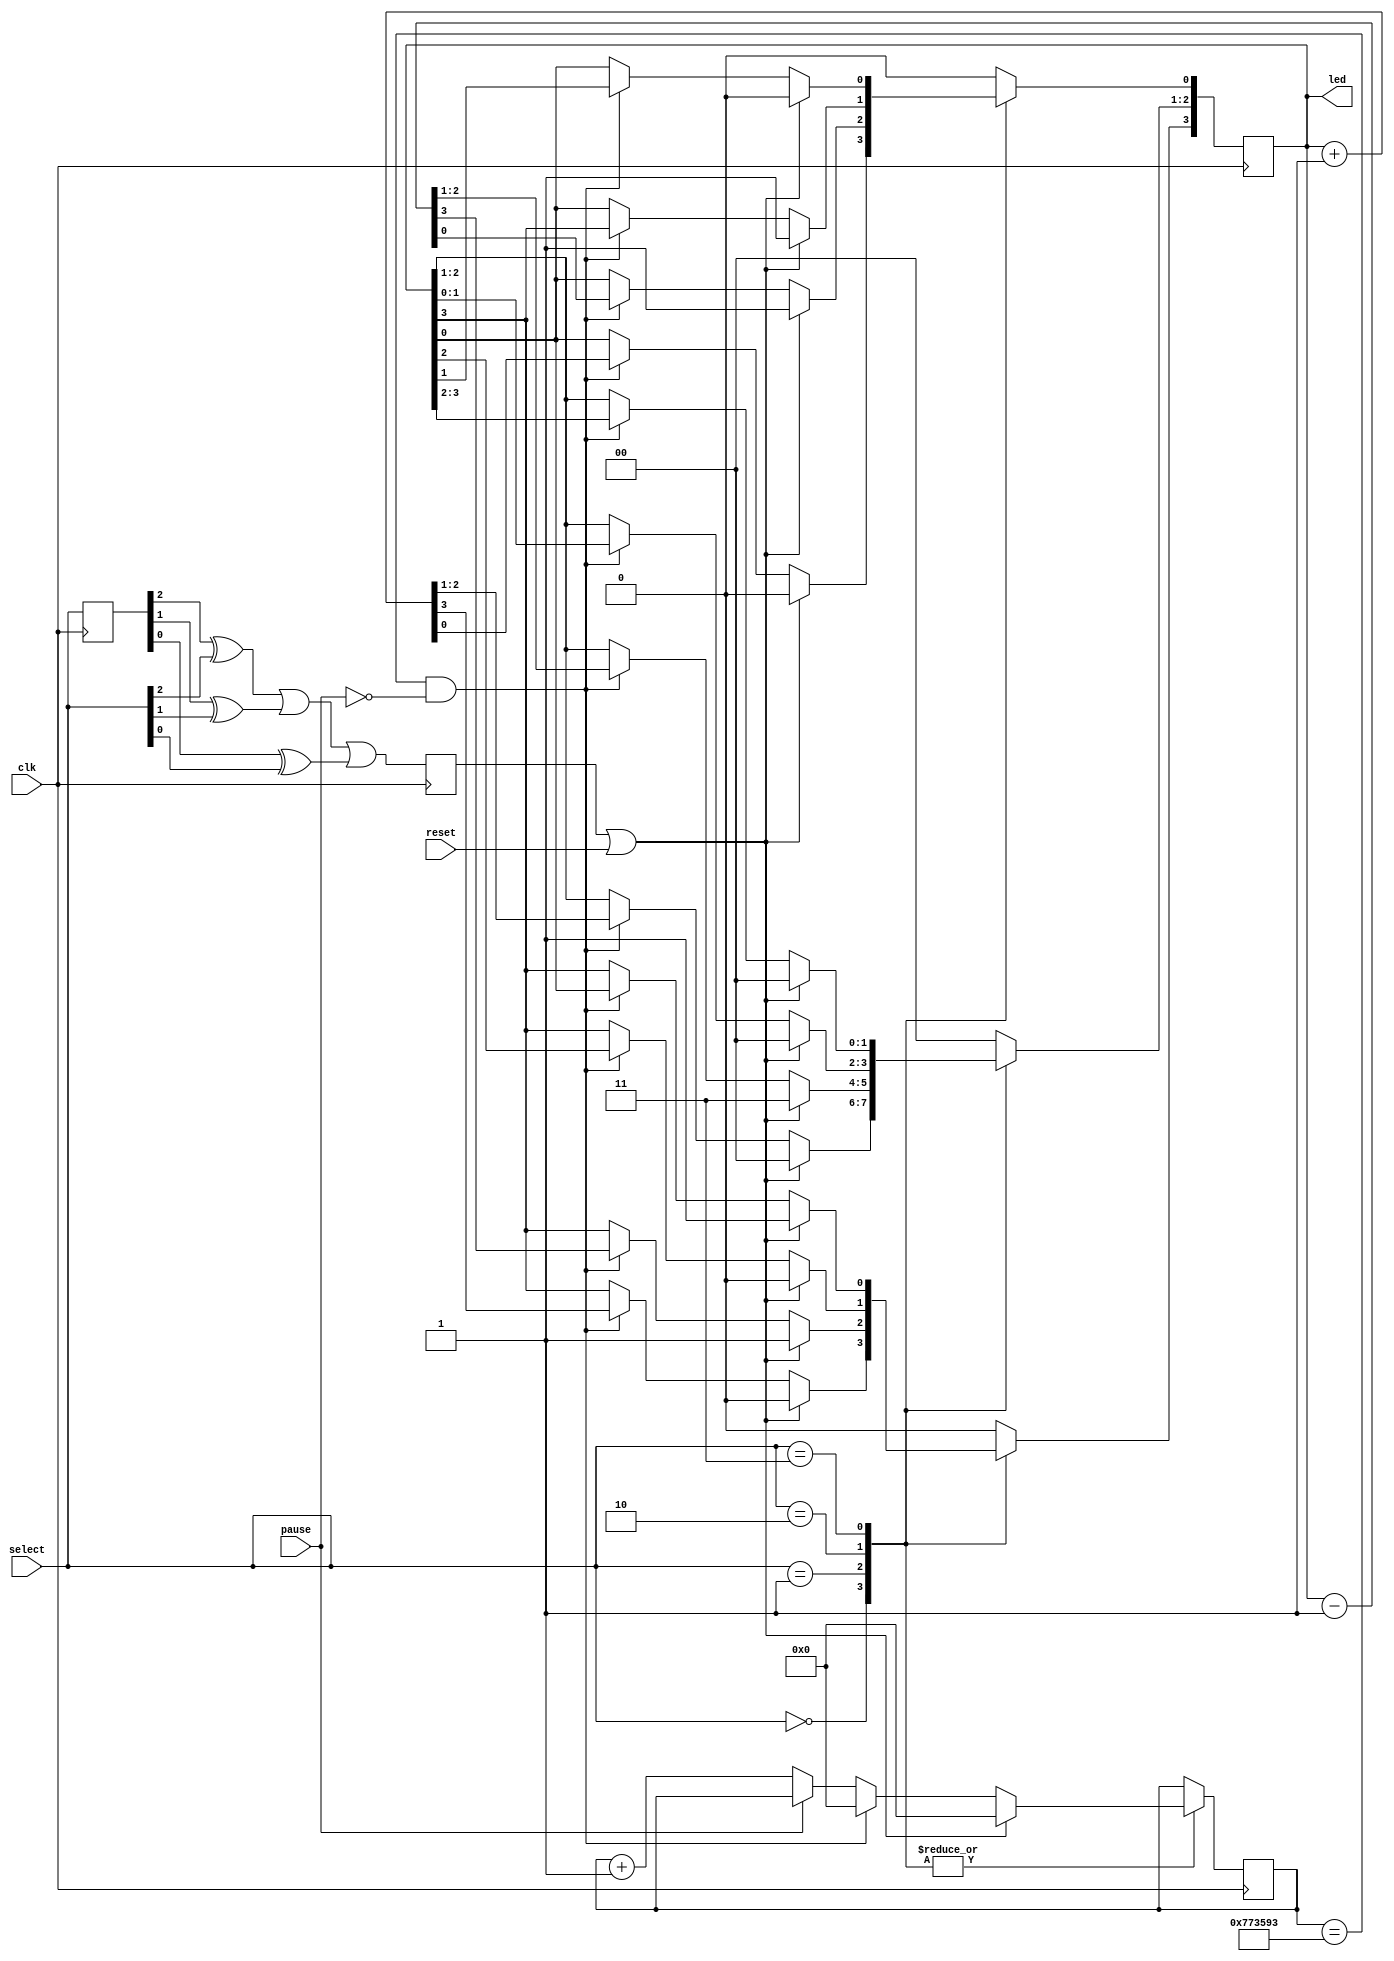
`timescale 1ns / 1ps
module blinker(clk,reset,select,pause,led);
     
 input clk,reset,pause;     // Default clock = 125MHz, Reset and Pause inputs for obeservation.
 input [2:0] select;        // Select modes
 output [3:0] led;          // LEDs on-board
 reg internal_rst;          // Internal Reset during mode selection
 reg [3:0] led;
 reg [26:0] counter;        // Counter for delay
 reg [2:0] sel_delay;   
 wire rst;
 parameter delay = 7812500; // delay of 0.0625 Sec. delay = {125,62.5,31.25} * 10^6 for varied time delay.
 assign rst = internal_rst | reset; 
 always @ (posedge clk)
 case (select)
      3'b000 : begin        //up-Counter
                    if  (rst == 1)
                         begin
                         led <= 4'b0;
                         counter <= 0;
                         end
                    else begin
                         if  (counter == delay-1 && pause == 0)
                              begin                                 
                              led <= led + 4'b0001;
                              counter <= 0;
                              end
                         else if  (pause == 0)
                                   begin // Counter increments from 0 to (delay-1)
                                   counter <= counter + 1;
                                   end
                         end
               end
      3'b001 : begin        //down-Counter
                    if  (rst == 1)
                         begin
                         led <= 4'b1111;
                         counter <= 0;
                         end
                    else begin
                         if  (counter == delay-1 && pause == 0)
                              begin
                              led <= led - 4'b0001;
                              counter <= 0;
                              end
                         else if  (pause == 0)
                                   begin // Counter increments from 0 to (delay-1)
                                   counter <= counter + 1;
                                   end
                         end
               end
      3'b010 : begin        //left-shifter
                    if  (rst == 1)
                         begin
                         led <= 4'b0001;
                         counter <= 0;
                         end
                    else begin
                         if  (counter == delay-1 && pause == 0)
                              begin
                              led <=  led<<1; 
                              led[0] <=led[3];
                              counter <= 0;
                              end
                         else if  (pause == 0)
                                   begin // Counter increments from 0 to (delay-1)
                                   counter <= counter + 1;
                                   end
                         end
               end			   
      3'b011 : begin        //right-shifter
                    if  (rst == 1)
                         begin
                         led <= 4'b1000;
                         counter <= 0;
                         end
                    else begin
                         if  (counter == delay-1 && pause == 0)
                              begin
                              led <=  led>>1; 
                              led[3] <=led[0];
                              counter <= 0;
                              end
                         else if  (pause == 0)
                                   begin // Counter increments from 0 to (delay-1)
                                   counter <= counter + 1;
                                   end
                         end
               end                                                         
     default : begin
               led <= 4'b0; 
               end
 endcase
 always @ (posedge clk)
       begin                // Change in mode triggers internal_reset.
       sel_delay <= select;   
       internal_rst <= (sel_delay[2] ^ select[2]) | (sel_delay[1] ^ select[1]) | (sel_delay[0] ^ select[0]);
       end
            
 endmodule